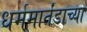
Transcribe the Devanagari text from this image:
धर्ममार्तंडाच्या